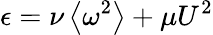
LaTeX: \epsilon=\nu\left\langle\omega^{2}\right\rangle+\mu U^{2}